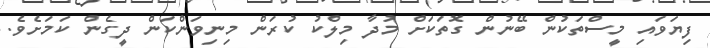
ފިޔަވައި މީސްތަކުން ބޭނުން ގޮތަކަށް މުދާ މިލްކު ކުރަން މިނިވަންކަން ދީގެން ކަމަށެވެ.